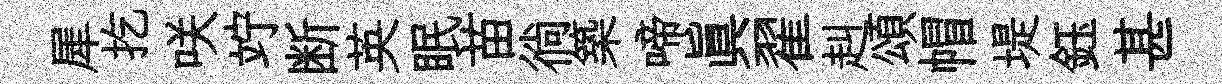
犀扢咲竚断英眠苗徜築啼真翟赳頌帽堤鈺甚